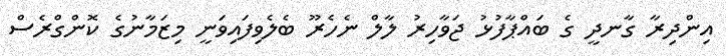
އިންދިރާ ގާނދީ ގެ ބައްޕާފުޅު ޖަވާހިރު ލާލް ނެހެރޫ ބެލެވިފައިވަނީ މިޒަމާނުގެ ކޮންގްރެސް